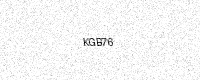
Text: KGB76